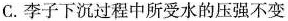
C. 李子下沉过程中所受水的压强不变